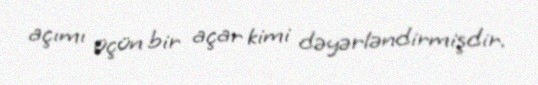
açımı üçün bir açar kimi dəyərləndirmişdir.